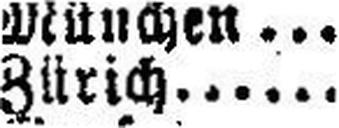
Zürich